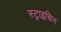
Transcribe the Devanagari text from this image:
स्ट्राइचिन